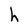
Character: h